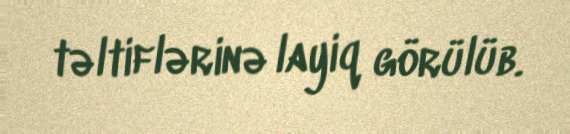
təltiflərinə layiq görülüb.